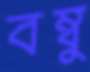
বম্বু